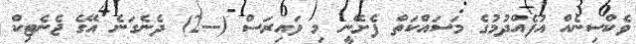
ވެކްސިނެއް އުފެއްދުމުގެ މަސައްކަތް ފެށޭނީ މި ވައިރަސް (--2) ދެނެގަނެ އޭގެ ޖެނެޓިކް